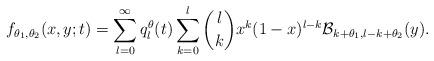
LaTeX: \begin{align*}f_{\theta_1,\theta_2}(x,y;t) = \sum_{l=0}^\infty q^\theta_l(t)\sum_{k=0}^l{l\choose k}x^k(1-x)^{l-k}{\cal B}_{k+\theta_1,l-k+\theta_2}(y).\end{align*}